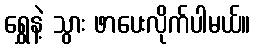
ရွှေနဲ့ သွား ဖာပေးလိုက်ပါမယ်။